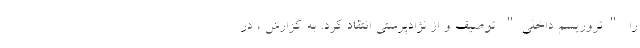
را "تروریسم داخلی" توصیف و از نژادپرستی انتقاد کرد. به گزارش ، در